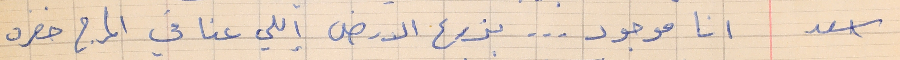
اسعد      انا موجود ... بذرع الارض إللي عنا في المرج خضره